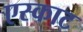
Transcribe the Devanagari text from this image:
एस्काट